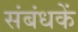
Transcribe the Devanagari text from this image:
संबंधकें